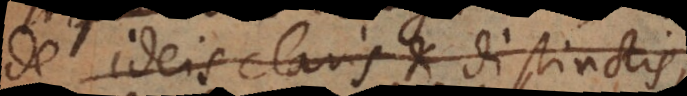
de ideis claris et distinctis,